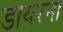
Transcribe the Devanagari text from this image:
डायरना